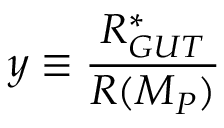
y \equiv \frac { R _ { G U T } ^ { * } } { R ( M _ { P } ) }